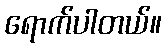
ရောက်ပါတယ်။